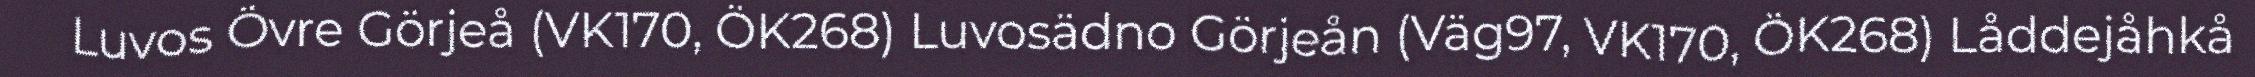
Luvos Övre Görjeå (VK170, ÖK268) Luvosädno Görjeån (Väg97, VK170, ÖK268) Låddejåhkå